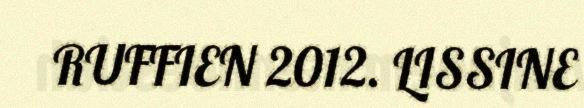
RUFFIEN 2012. LISSINE